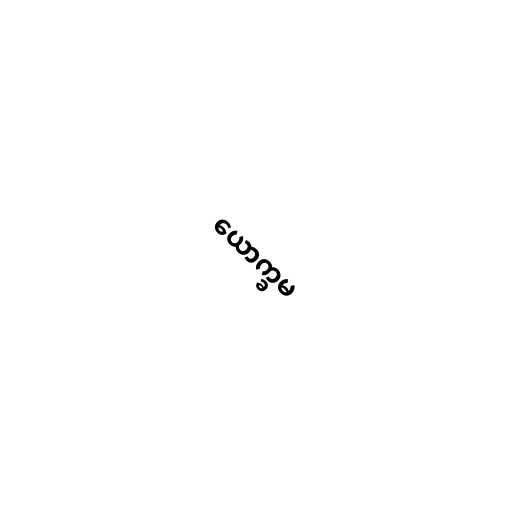
ယောက္ခမ